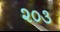
૨૦૩